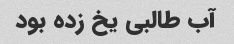
آب طالبی یخ زده بود